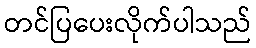
တင်ပြပေးလိုက်ပါသည်